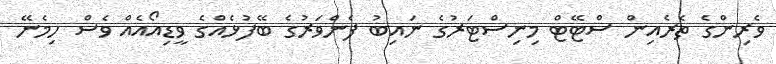
ވެރިންގެ ތެރެއިން ސްޓޭޓް މިނިސްޓަރުގެ ނައިބު ފެންވަރުގެ ބޭފުޅެއްގެ ވީޑިއޯއެއް ވެސް ހިމެނޭ